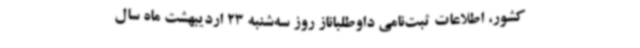
کشور، اطلاعات ثبت‌نامی داوطلباناز روز سه‌شنبه 23 اردیبهشت ماه سال